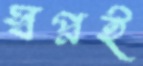
স্বপ্নই